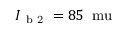
I _ { \mathrm { ~ b ~ 2 ~ } } = 8 5 \, \mathrm { \ m u }